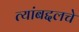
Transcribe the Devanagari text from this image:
त्यांबद्दलचे